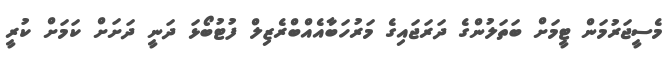
މެސީޖަރުމަން ޓީމަށް ބަތަލުންގެ ދަރަޖައިގެ މަރުހަބާއެއްބްރެޒިލް ފުޓުބޯޅަ ދަނީ ދަށަށް ކަމަށް ކުރީ